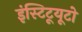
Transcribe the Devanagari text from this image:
इंस्टिटूयूटो